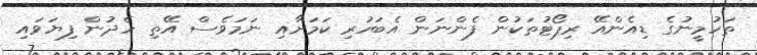
ތަހުމީނުގެ ޑިއެންއޭ ރިޕޯޓުތަކުން ފެންނަން އެބަހުރި ކަމަށާއި ނަމަވެސް އޭތި ހެދުން ފިޔަވައި